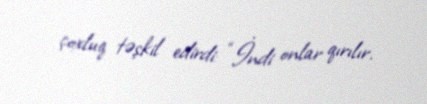
çoxluq təşkil edirdi: “İndi onlar qırılır.